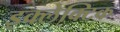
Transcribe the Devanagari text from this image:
इक्लेक्टिक